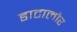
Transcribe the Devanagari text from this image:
डाटालोर